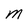
Character: M